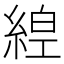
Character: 𦁻